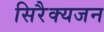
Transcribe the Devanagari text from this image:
सिरैक्यजन